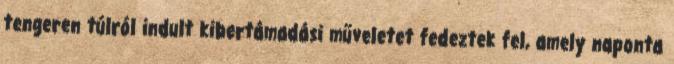
tengeren túlról indult kibertámadási műveletet fedeztek fel, amely naponta